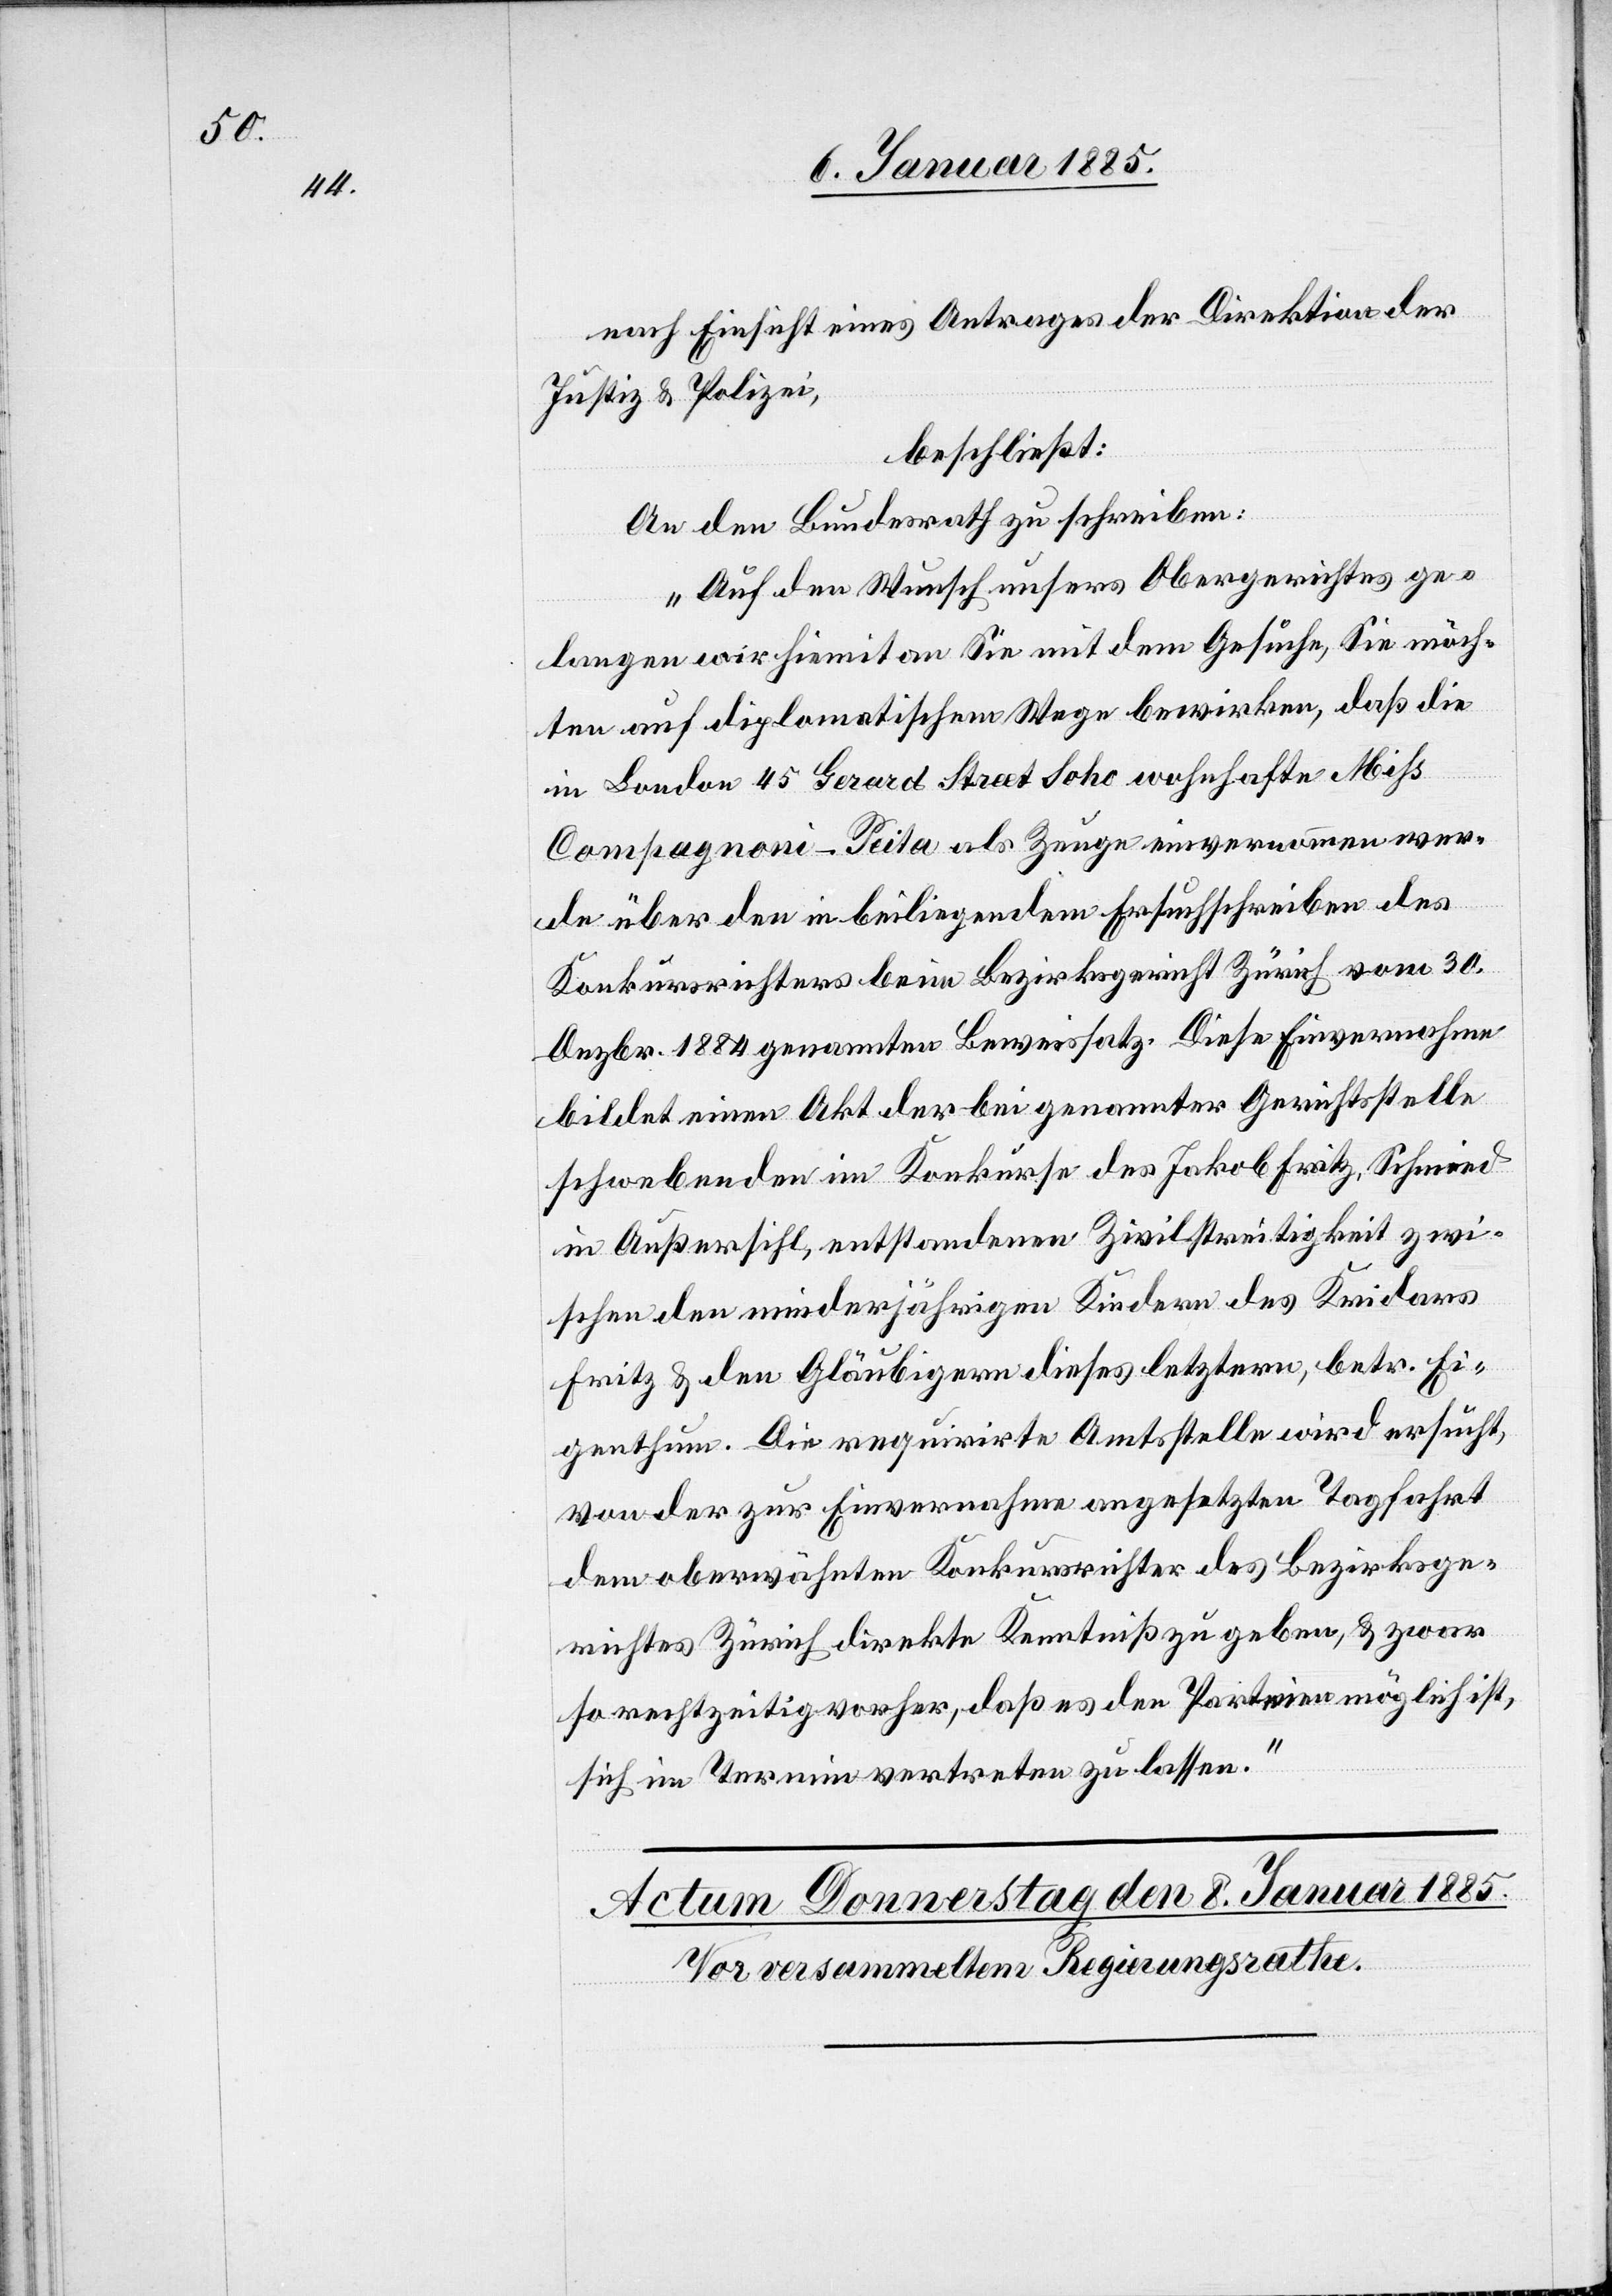
nach Einsicht eines Antrages der Direktion der
Justiz & Polizei,
beschließt:
An den Bundesrath zu schreiben:
„Auf den Wunsch unsers Obergerichtes ge¬
langen wir hiemit an Sie mit dem Gesuche, Sie möch¬
ten auf diplomatischem Wege bewirken, daß die
in London 45 Gerard Street Soho wohnhafte Miß
Compagnoni-Peita als Zeuge einvernommen wer¬
de über den in beiliegendem Ersuchschreiben des
Konkursrichters beim Bezirksgericht Zürich vom 30.
Dezbr. 1884 genannten Beweissatz. Diese Einvernahme
bildet einen Akt der bei genannter Gerichtsstelle
schwebenden im Konkurse des Jakob Fritz, Schmied
in Außersihl, entstandenen Zivilstreitigkeit zwi¬
schen den minderjährigen Kindern des Kridars
Fritz & den Gläubigern dieses letztern, betr. Ei¬
genthum. Die requirirte Amtsstelle wird ersucht,
von der zur Einvernahme angesetzten Tagfahrt
dem oberwähnten Konkursrichter des Bezirksge¬
richtes Zürich direkte Kenntniß zu geben, & zwar
so rechtzeitig vorher, daß es den Parteien möglich ist,
sich im Termin vertreten zu lassen.“